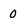
Character: 0